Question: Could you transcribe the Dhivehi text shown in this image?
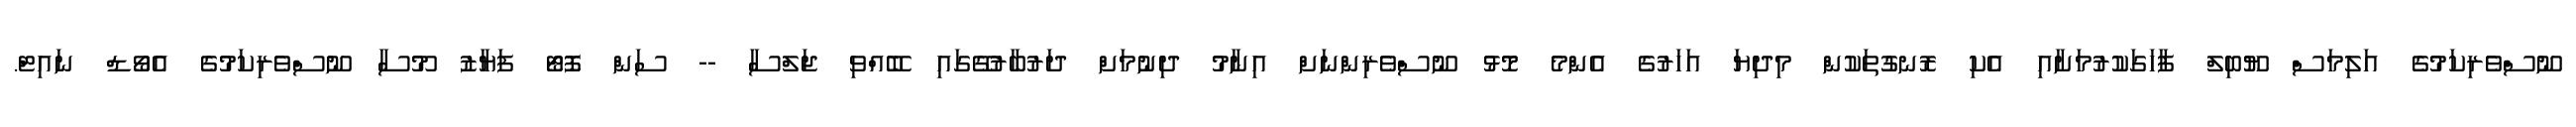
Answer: ނޫސްވެރިކަމުގެ އަލިމަސް ޔޫބިލް ފާހަގަކުރުމަށާއި އެކި ރޮނގުތަކުން މިދިޔަ އަހަރުގެ އެންމެ މޮޅު ނޫސްވެރިންނަށް އިނާމު ދިނުމަށް ދަރުބާރުގޭގައި ބޭއްވި ޖަލްސާ -- ސަން ފޮޓޯ ފަޔާޒު މޫސާ ނޫސްވެރިކަމުގެ އެވޯޑް ނައިޓް.